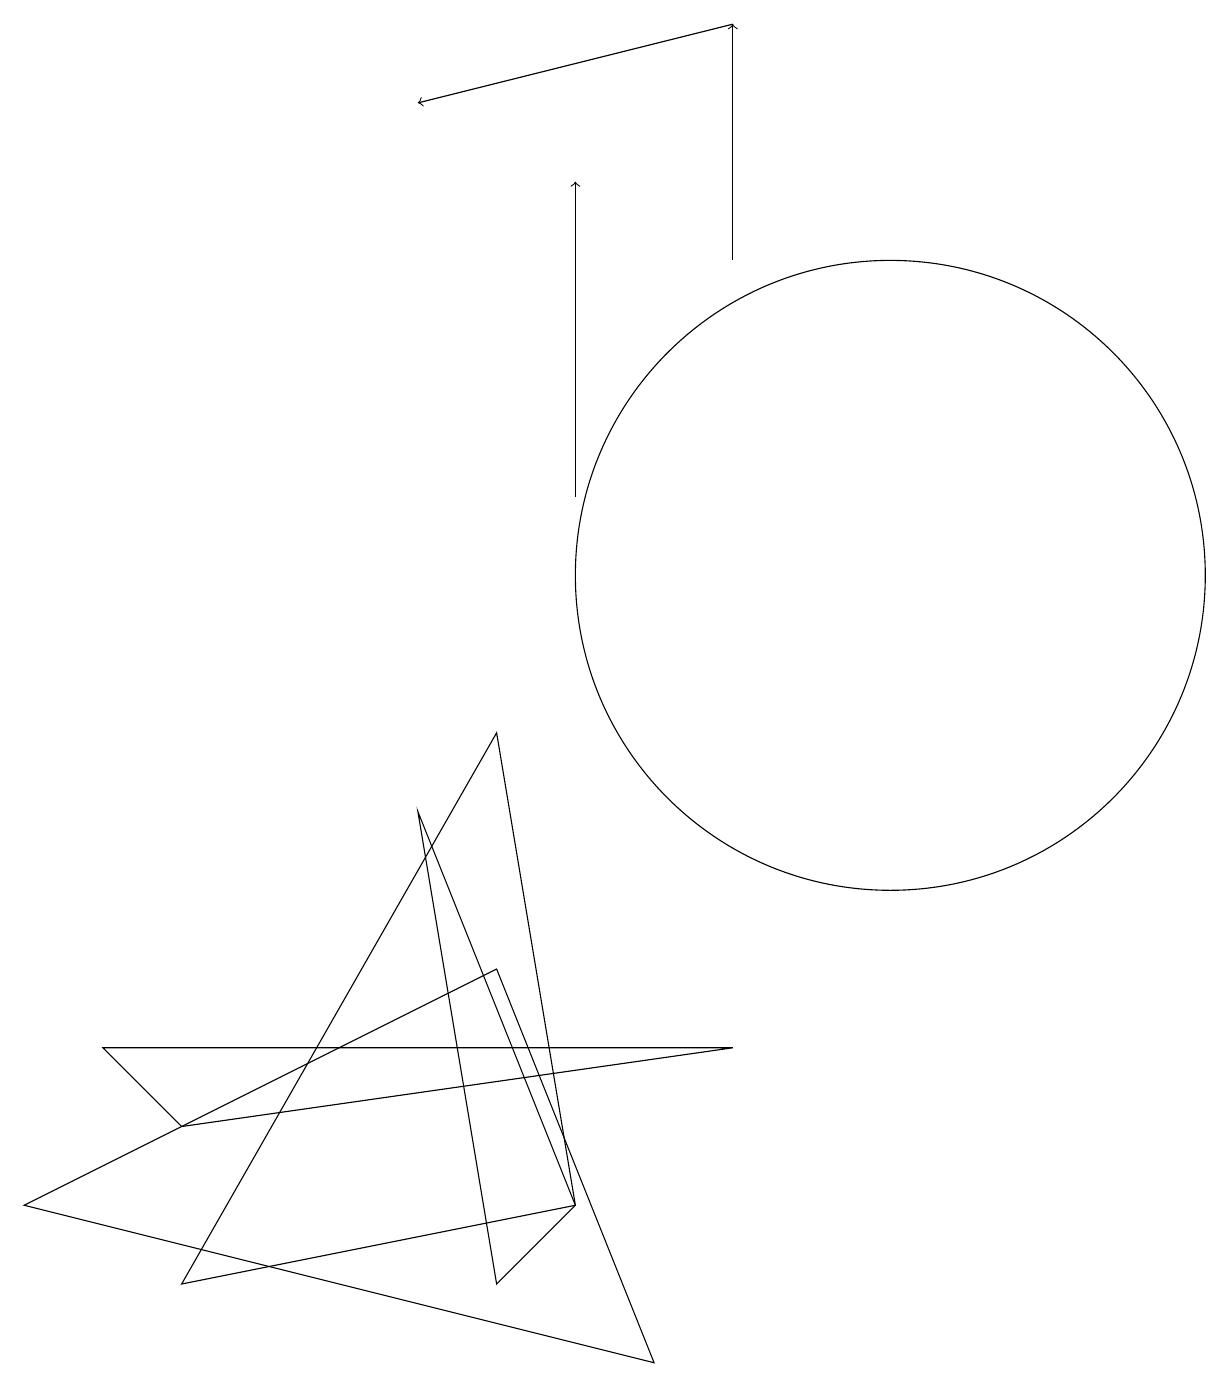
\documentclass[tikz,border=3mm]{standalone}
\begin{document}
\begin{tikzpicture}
\draw[->] (7,11) -- (7,15);
\draw (6,5) -- (8,0) -- (0,2) -- cycle;
\draw[->] (9,17) -- (5,16);
\draw (11,10) circle (4);
\draw (9,4) -- (1,4) -- (2,3) -- cycle;
\draw (7,2) -- (6,8) -- (2,1) -- cycle;
\draw (7,2) -- (5,7) -- (6,1) -- cycle;
\draw[->] (9,14) -- (9,17);
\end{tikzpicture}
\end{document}